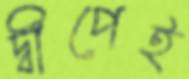
দ্বীপেই